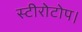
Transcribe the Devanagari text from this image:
स्टीरोटोप।